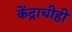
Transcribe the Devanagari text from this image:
केंद्राचीही